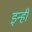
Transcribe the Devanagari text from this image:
इन्‍ही